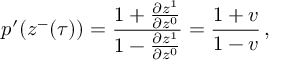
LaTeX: p ^ { \prime } ( z ^ { - } ( \tau ) ) = \frac { 1 + \frac { \partial z ^ { 1 } } { \partial z ^ { 0 } } } { 1 - \frac { \partial z ^ { 1 } } { \partial z ^ { 0 } } } = \frac { 1 + v } { 1 - v } \, ,